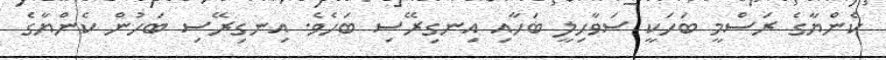
ކެންޔާގެ ރަސްމީ ބަހަކީ ސަވާހިލީ ބަހާއި އިނގިރޭސި ބަހެވެ. އިނގިރޭސި ބަހުން ކެންޔާގެ